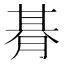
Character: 朞